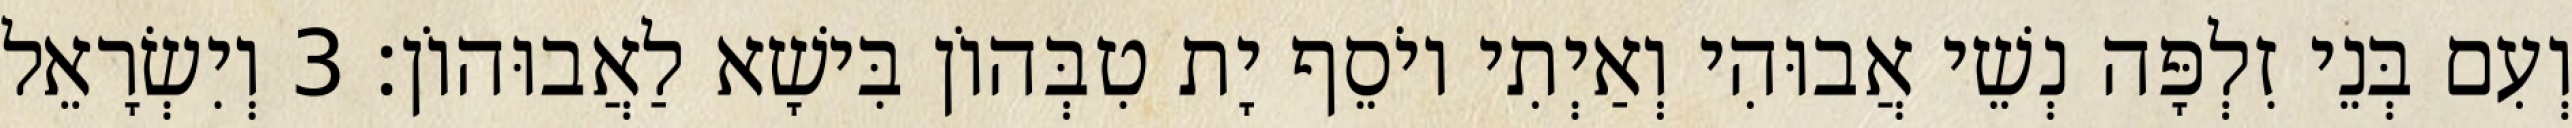
וְעִם בְּנֵי זִלְפָּה נְשֵׁי אֲבוּהִי וְאַיְתִי יוֹסֵף יָת טִבְּהוֹן בִּישָׁא לַאֲבוּהוֹן׃ 3 וְיִשְׂרָאֵל